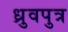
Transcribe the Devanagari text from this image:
ध्रुवपुत्र